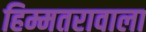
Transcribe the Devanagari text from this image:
हिम्मतरावाला